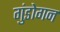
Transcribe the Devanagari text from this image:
गुंडोगन